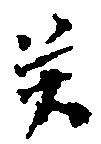
癸